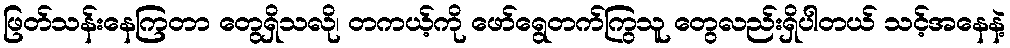
ဖြတ်သန်းနေကြတာ တွေရှိသလို၊ တကယ့်ကို ဖော်ရွေတက်ကြွသူ တွေလည်းရှိပါတယ် သင့်အနေနဲ့